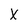
Character: X